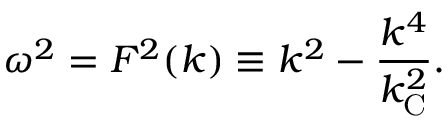
\omega ^ { 2 } = F ^ { 2 } ( k ) \equiv k ^ { 2 } - \frac { k ^ { 4 } } { k _ { \mathrm { C } } ^ { 2 } } .